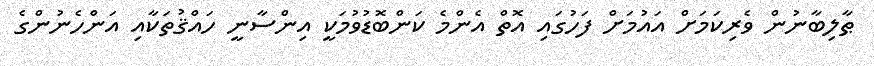
ޠާލިބާނުން ވެރިކަމަށް އައުމަށް ފަހުގައި އޮތް އެންމެ ކަންބޮޑުވުމަކީ އިންސާނީ ހައްޤުތަކާއި އަންހެނުންގެ